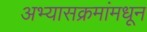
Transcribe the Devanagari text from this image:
अभ्यासक्रमांमधून